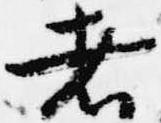
者